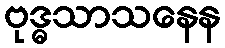
ဗုဒ္ဓသာသနေန